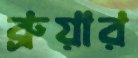
ব্রুয়ার